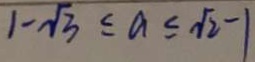
1 - \sqrt { 3 } \leq a \leq \sqrt { 2 } - 1